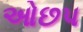
ઓછપ